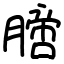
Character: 膪